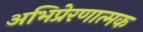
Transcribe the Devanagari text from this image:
अभिप्रेरणात्मक